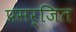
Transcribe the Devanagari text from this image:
प्रसर्जित